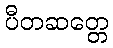
ပီတဆတ္တေ